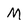
Character: M